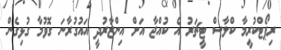
ރިޕޯޓްކުރީމާ ކްލާސް ޓީޗަރު އެ ކުއްޖާ އަށް އިންޒާރުދީ އައުގުރާނަ ގޮވުމާ ގުޅިގެން